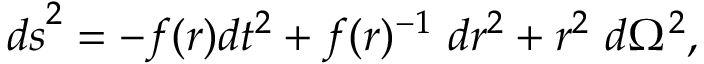
{ d s } ^ { 2 } = - f ( r ) { d } t ^ { 2 } + f ( r ) ^ { - 1 } { ~ d } r ^ { 2 } + r ^ { 2 } { ~ d } \Omega ^ { 2 } ,